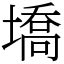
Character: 墧